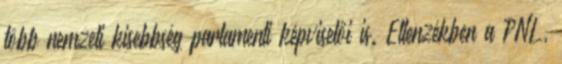
több nemzeti kisebbség parlamenti képviselői is. Ellenzékben a PNL,